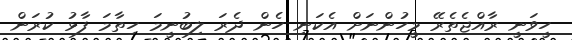
ހީވަނީ ރާއްޖެތެރޭ މީހުންނަށް އެކަނި ހެން ދެރަ ލިބުނީމަ ހިތާމަ ފާޅު ކުރަން